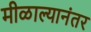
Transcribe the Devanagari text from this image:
मीळाल्यानंतर